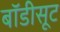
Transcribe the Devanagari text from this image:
बॉडीसूट